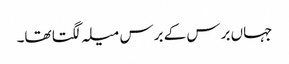
جہاں برس کے برس میلہ لگتا تھا۔